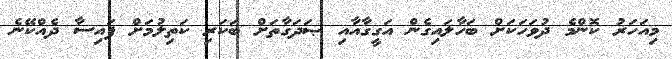
މިއަހަރު ކޮންމެ ދުވަހަކަށް ބަހާލައިގެން އަގީގާއާއި ޞަދަގާތަށް ބަކަރި ކަތިލުމަށް ފައިސާ ދެއްކޭނެ